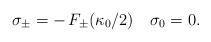
LaTeX: \begin{align*}\sigma_{\pm} = - \, F_{\pm}(\kappa_0/2)\quad\sigma_0 = 0\rlap{.}\end{align*}